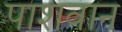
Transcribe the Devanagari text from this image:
पाशवान